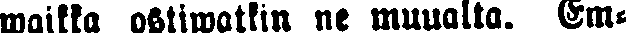
waikka ostiwawtkin ne muualta. Em-